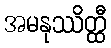
အမနုဿိတ္ထီ